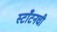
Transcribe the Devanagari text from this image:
स्टाँटनची